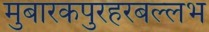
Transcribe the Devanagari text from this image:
मुबारकपुरहरबल्लभ